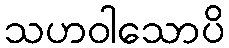
သဟဝါသောပိ